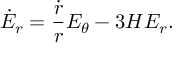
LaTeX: \dot { E } _ { r } = \frac { \dot { r } } { r } E _ { \theta } - 3 H E _ { r } .